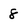
Character: 8